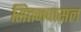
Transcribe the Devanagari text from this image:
सित्तनवासल